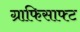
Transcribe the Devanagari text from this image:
ग्राफिसाफ्ट